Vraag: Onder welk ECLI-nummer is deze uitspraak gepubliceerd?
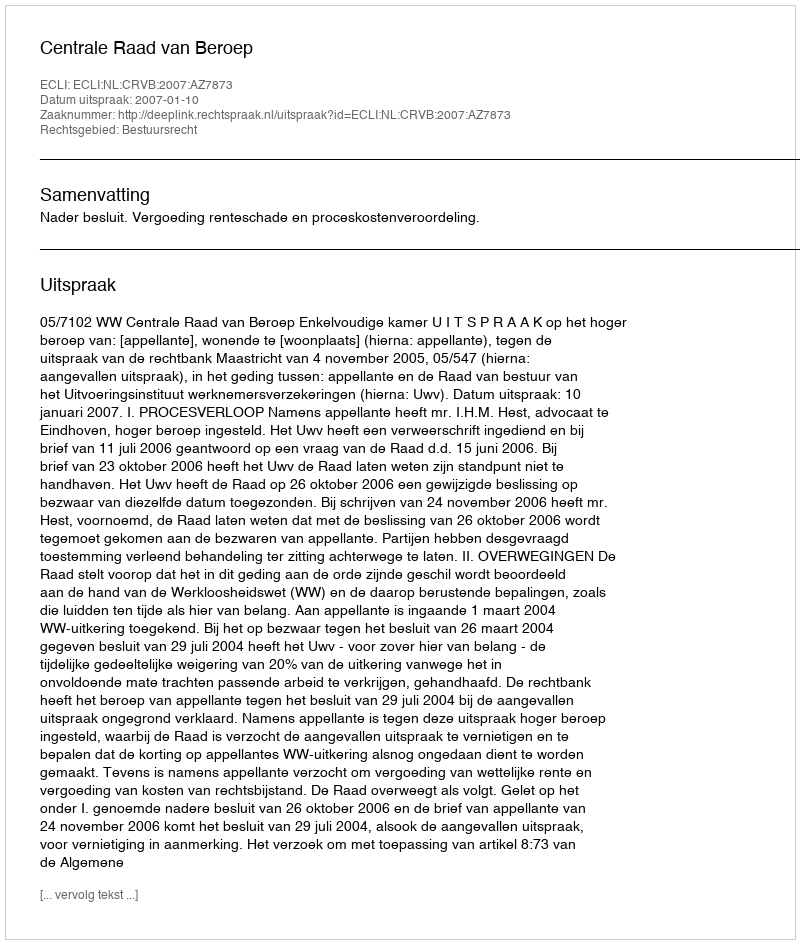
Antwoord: ECLI:NL:CRVB:2007:AZ7873